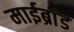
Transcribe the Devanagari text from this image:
माईब्रांड